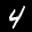
Label: 4